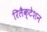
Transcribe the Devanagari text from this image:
रिलैक्टेशन